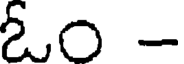
ఓం -